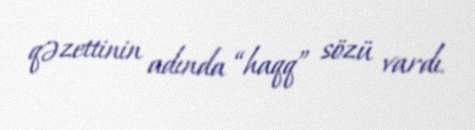
qəzettinin adında “haqq” sözü vardı.